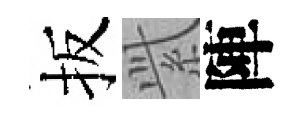
扳𬗋陣